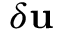
\delta \mathbf { u }